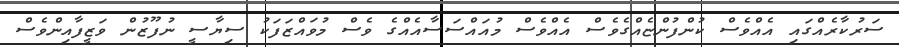
ސަރުކާރެއްގައި އެއްވެސް ކުންފުންޏެއްގެވެސް އެއްވެސް މުއައްސަސާއެއްގެ ވެސް މުވައްޒަފަކު ސިޔާސީ ނުފޫޒުން ވަޒީފާއިންވެސް